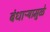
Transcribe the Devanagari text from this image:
बंधाऱ्यामुळे